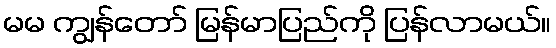
မမ ကျွန်တော် မြန်မာပြည်ကို ပြန်လာမယ်။